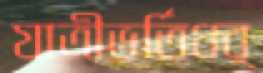
যাত্রীভর্তিধর্